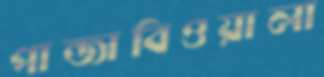
পান্জাবিওয়ালা